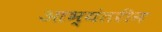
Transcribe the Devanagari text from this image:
आभ्यंतरीन